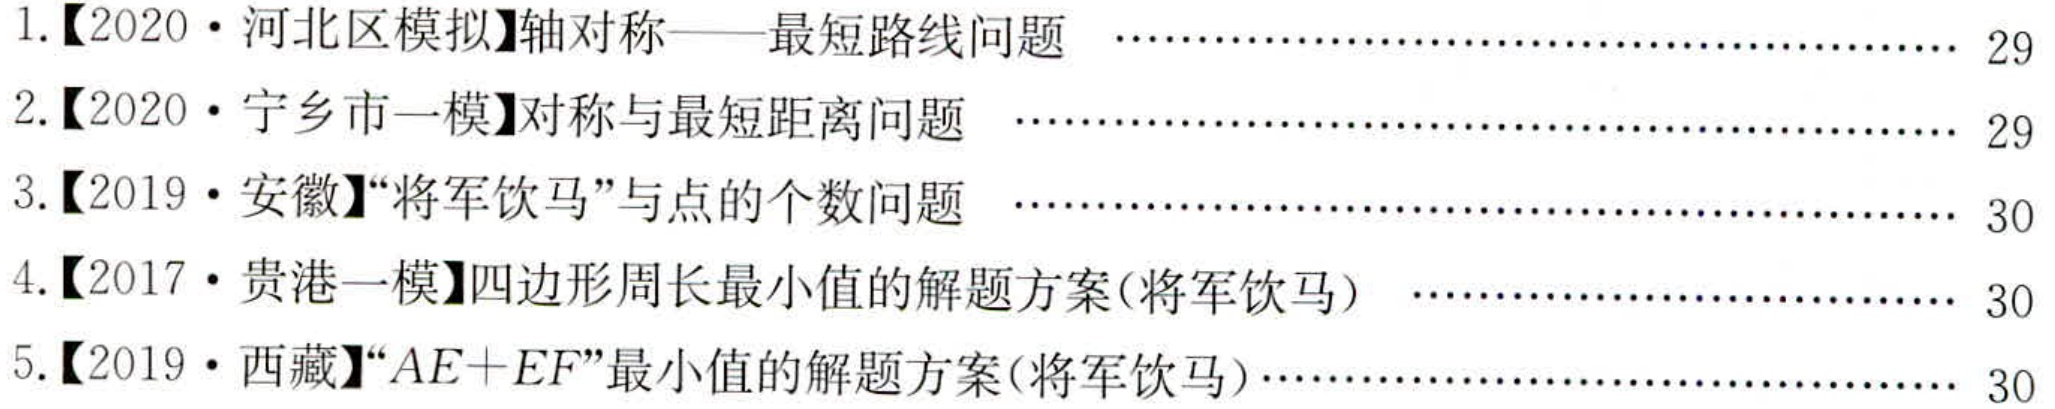
1.【2020·河北区模拟】轴对称——最短路线问题 \(\cdots\cdots\cdots\cdots\cdots\cdots\cdots\cdots\cdots\cdots\cdots\cdots\cdots\cdots\cdots\cdots\cdots\cdots\cdots\cdots\cdots\cdots\cdots\cdots\cdots\cdots\cdots\cdots\cdots\cdots\cdots\cdots\cdots\cdots\cdots\cdots\cdots\cdots\cdots\cdots\cdots\cdots\cdots\cdots\cdots\cdots\cdots\cdots\cdots\cdots\cdots\cdots\cdots\cdots\cdots\cdots\cdots\cdots\cdots\cdots\cdots\cdots\cdots\cdots\cdots\cdots\cdots\cdots\cdots\cdots\cdots\cdots\cdots\cdots\cdots\cdots\cdots\cdots\cdots\cdots\cdots\cdots\cdots\cdots\cdots\cdots\cdots\cdots\cdots\cdots\cdots\cdots\cdots\cdots\cdots\cdots\cdots\cdots\cdots\cdots\cdots\cdots\cdots\cdots\cdots\cdots\cdots\cdots\cdots\cdots\cdots\cdots\cdots\cdots\cdots\cdots\cdots\cdots\cdots\cdots\cdots\cdots\cdots\cdots\cdots\cdots\cdots\cdots\cdots\cdots\cdots\cdots\cdots\cdots\cdots\cdots\cdots\cdots\cdots\cdots\cdots\cdots\cdots\cdots\cdots\cdots\cdots\cdots\cdots\cdots\cdots\cdots\cdots\cdots\cdots\cdots\cdots\cdots\cdots\cdots\cdots\cdots\cdots\cdots\cdots\cdots\cdots\cdots\cdots\cdots\cdots\cdots\cdots\cdots\cdots\cdots\cdots\cdots\cdots\cdots\cdots\cdots\cdots\cdots\cdots\cdots\cdots\cdots\cdots\cdots\cdots\cdots\cdots\cdots\cdots\cdots\cdots\cdots\cdots\cdots\cdots\cdots\cdots\cdots\cdots\cdots\cdots\cdots\cdots\cdots\cdots\cdots\cdots\cdots\cdots\cdots\cdots\cdots\cdots\cdots\cdots\cdots\cdots\cdots\cdots\cdots\cdots\cdots\cdots\cdots\cdots\cdots\cdots\cdots\cdots\cdots\cdots\cdots\cdots\cdots\cdots\cdots\cdots\cdots\cdots\cdots\cdots\cdots\cdots\cdots\cdots\cdots\cdots\cdots\cdots\cdots\cdots\cdots\cdots\cdots\cdots\cdots\cdots\cdots\cdots\cdots\cdots\cdots\cdots\cdots\cdots\cdots\cdots\cdots\cdots\cdots\cdots\cdots\cdots\cdots\cdots\cdots\cdots\cdots\cdots\cdots\cdots\cdots\cdots\cdots\cdots\cdots\cdots\cdots\cdots\cdots\cdots\cdots\cdots\cdots\cdots\cdots\cdots\cdots\cdots\cdots\cdots\cdots\cdots\cdots\cdots\cdots\cdots\cdots\cdots\cdots\cdots\cdots\cdots\cdots\cdots\cdots\cdots\cdots\cdots\cdots\cdots\cdots\cdots\cdots\cdots\cdots\cdots\cdots\cdots\cdots\cdots\cdots\cdots\cdots\cdots\cdots\cdots\cdots\cdots\cdots\cdots\cdots\cdots\cdots\cdots\cdots\cdots\cdots\cdots\cdots\cdots\cdots\cdots\cdots\cdots\cdots\cdots\cdots\cdots\cdots\cdots\cdots\cdots\cdots\cdots\cdots\cdots\cdots\cdots\cdots\cdots\cdots\cdots\cdots\cdots\cdots\cdots\cdots\cdots\cdots\cdots\cdots\cdots\cdots\cdots\cdots\cdots\cdots\cdots\cdots\cdots\cdots\cdots\cdots\cdots\cdots\cdots\cdots\cdots\cdots\cdots\cdots\cdots\cdots\cdots\cdots\cdots\cdots\cdots\cdots\cdots\cdots\cdots\cdots\cdots\cdots\cdots\cdots\cdots\cdots\cdots\cdots\cdots\cdots\cdots\cdots\cdots\cdots\cdots\cdots\cdots\cdots\cdots\cdots\cdots\cdots\cdots\cdots\cdots\cdots\cdots\cdots\cdots\cdots\cdots\cdots\cdots\cdots\cdots\cdots\cdots\cdots\cdots\cdots\cdots\cdots\cdots\cdots\cdots\cdots\cdots\cdots\cdots\cdots\cdots\cdots\cdots\cdots\cdots\cdots\cdots\cdots\cdots\cdots\cdots\cdots\cdots\cdots\cdots\cdots\cdots\cdots\cdots\cdots\cdots\cdots\cdots\cdots\cdots\cdots\cdots\cdots\cdots\cdots\cdots\cdots\cdots\cdots\cdots\cdots\cdots\cdots\cdots\cdots\cdots\cdots\cdots\cdots\cdots\cdots\cdots\cdots\cdots\cdots\cdots\cdots\cdots\cdots\cdots\cdots\cdots\cdots\cdots\cdots\cdots\cdots\cdots\cdots\cdots\cdots\cdots\cdots\cdots\cdots\cdots\cdots\cdots\cdots\cdots\cdots\cdots\cdots\cdots\cdots\cdots\cdots\cdots\cdots\cdots\cdots\cdots\cdots\cdots\cdots\cdots\cdots\cdots\cdots\cdots\cdots\cdots\cdots\cdots\cdots\cdots\cdots\cdots\cdots\cdots\cdots\cdots\cdots\cdots\cdots\cdots\cdots\cdots\cdots\cdots\cdots\cdots\cdots\cdots\cdots\cdots\cdots\cdots\cdots\cdots\cdots\cdots\cdots\cdots\cdots\cdots\cdots\cdots\cdots\cdots\cdots\cdots\cdots\cdots\cdots\cdots\cdots\cdots\cdots\cdots\cdots\cdots\cdots\cdots\cdots\cdots\cdots\cdots\cdots\cdots\cdots\cdots\cdots\cdots\cdots\cdots\cdots\cdots\cdots\cdots\cdots\cdots\cdots\cdots\cdots\cdots\cdots\cdots\cdots\cdots\cdots\cdots\cdots\cdots\cdots\cdots\cdots\cdots\cdots\cdots\cdots\cdots\cdots\cdots\cdots\cdots\cdots\cdots\cdots\cdots\cdots\cdots\cdots\cdots\cdots\cdots\cdots\cdots\cdots\cdots\cdots\cdots\cdots\cdots\cdots\cdots\cdots\cdots\cdots\cdots\cdots\cdots\cdots\cdots\cdots\cdots\cdots\cdots\cdots\cdots\cdots\cdots\cdots\cdots\cdots\cdots\cdots\cdots\cdots\cdots\cdots\cdots\cdots\cdots\cdots\cdots\cdots\cdots\cdots\cdots\cdots\cdots\cdots\cdots\cdots\cdots\cdots\cdots\cdots\cdots\cdots\cdots\cdots\cdots\cdots\cdots\cdots\cdots\cdots\cdots\cdots\cdots\cdots\cdots\cdots\cdots\cdots\cdots\cdots\cdots\cdots\cdots\cdots\cdots\cdots\cdots\cdots\cdots\cdots\cdots\cdots\cdots\cdots\cdots\cdots\cdots\cdots\cdots\cdots\cdots\cdots\cdots\cdots\cdots\cdots\cdots\cdots\cdots\cdots\cdots\cdots\cdots\cdots\cdots\cdots\cdots\cdots\cdots\cdots\cdots\cdots\cdots\cdots\cdots\cdots\cdots\cdots\cdots\cdots\cdots\cdots\cdots\cdots\cdots\cdots\cdots\cdots\cdots\cdots\cdots\cdots\cdots\cdots\cdots\cdots\cdots\cdots\cdots\cdots\cdots\cdots\cdots\cdots\cdots\cdots\cdots\cdots\cdots\cdots\cdots\cdots\cdots\cdots\cdots\cdots\cdots\cdots\cdots\cdots\cdots\cdots\cdots\cdots\cdots\cdots\cdots\cdots\cdots\cdots\cdots\cdots\cdots\cdots\cdots\cdots\cdots\cdots\cdots\cdots\cdots\cdots\cdots\cdots\cdots\cdots\cdots\cdots\cdots\cdots\cdots\cdots\cdots\cdots\cdots\cdots\cdots\cdots\cdots\cdots\cdots\cdots\cdots\cdots\cdots\cdots\cdots\cdots\cdots\cdots\cdots\cdots\cdots\cdots\cdots\cdots\cdots\cdots\cdots\cdots\cdots\cdots\cdots\cdots\cdots\cdots\cdots\cdots\cdots\cdots\cdots\cdots\cdots\cdots\cdots\cdots\cdots\cdots\cdots\cdots\cdots\cdots\cdots\cdots\cdots\cdots\cdots\cdots\cdots\cdots\cdots\cdots\cdots\cdots\cdots\cdots\cdots\cdots\cdots\cdots\cdots\cdots\cdots\cdots\cdots\cdots\cdots\cdots\cdots\cdots\cdots\cdots\cdots\cdots\cdots\cdots\cdots\cdots\cdots\cdots\cdots\cdots\cdots\cdots\cdots\cdots\cdots\cdots\cdots\cdots\cdots\cdots\cdots\cdots\cdots\cdots\cdots\cdots\cdots\cdots\cdots\cdots\cdots\cdots\cdots\cdots\cdots\cdots\cdots\cdots\cdots\cdots\cdots\cdots\cdots\cdots\cdots\cdots\cdots\cdots\cdots\cdots\cdots\cdots\cdots\cdots\cdots\cdots\cdots\cdots\cdots\cdots\cdots\cdots\cdots\cdots\cdots\cdots\cdots\cdots\cdots\cdots\cdots\cdots\cdots\cdots\cdots\cdots\cdots\cdots\cdots\cdots\cdots\cdots\cdots\cdots\cdots\cdots\cdots\cdots\cdots\cdots\cdots\cdots\cdots\cdots\cdots\cdots\cdots\cdots\cdots\cdots\cdots\cdots\cdots\cdots\cdots\cdots\cdots\cdots\cdots\cdots\cdots\cdots\cdots\cdots\cdots\cdots\cdots\cdots\cdots\cdots\cdots\cdots\cdots\cdots\cdots\cdots\cdots\cdots\cdots\cdots\cdots\cdots\cdots\cdots\cdots\cdots\cdots\cdots\cdots\cdots\cdots\cdots\cdots\cdots\cdots\cdots\cdots\cdots\cdots\cdots\cdots\cdots\cdots\cdots\cdots\cdots\cdots\cdots\cdots\cdots\cdots\cdots\cdots\cdots\cdots\cdots\cdots\cdots\cdots\cdots\cdots\cdots\cdots\cdots\cdots\cdots\cdots\cdots\cdots\cdots\cdots\cdots\cdots\cdots\cdots\cdots\cdots\cdots\cdots\cdots\cdots\cdots\cdots\cdots\cdots\cdots\cdots\cdots\cdots\cdots\cdots\cdots\cdots\cdots\cdots\cdots\cdots\cdots\cdots\cdots\cdots\cdots\cdots\cdots\cdots\cdots\cdots\cdots\cdots\cdots\cdots\cdots\cdots\cdots\cdots\cdots\cdots\cdots\cdots\cdots\cdots\cdots\cdots\cdots\cdots\cdots\cdots\cdots\cdots\cdots\cdots\cdots\cdots\cdots\cdots\cdots\cdots\cdots\cdots\cdots\cdots\cdots\cdots\cdots\cdots\cdots\cdots\cdots\cdots\cdots\cdots\cdots\cdots\cdots\cdots\cdots\cdots\cdots\cdots\cdots\cdots\cdots\cdots\cdots\cdots\cdots\cdots\cdots\cdots\cdots\cdots\cdots\cdots\cdots\cdots\cdots\cdots\cdots\cdots\cdots\cdots\cdots\cdots\cdots\cdots\cdots\cdots\cdots\cdots\cdots\cdots\cdots\cdots\cdots\cdots\cdots\cdots\cdots\cdots\cdots\cdots\cdots\cdots\cdots\cdots\cdots\cdots\cdots\cdots\cdots\cdots\cdots\cdots\cdots\cdots\cdots\cdots\cdots\cdots\cdots\cdots\cdots\cdots\cdots\cdots\cdots\cdots\cdots\cdots\cdots\cdots\cdots\cdots\cdots\cdots\cdots\cdots\cdots\cdots\cdots\cdots\cdots\cdots\cdots\cdots\cdots\cdots\cdots\cdots\cdots\cdots\cdots\cdots\cdots\cdots\cdots\cdots\cdots\cdots\cdots\cdots\cdots\cdots\cdots\cdots\cdots\cdots\cdots\cdots\cdots\cdots\cdots\cdots\cdots\cdots\cdots\cdots\cdots\cdots\cdots\cdots\cdots\cdots\cdots\cdots\cdots\cdots\cdots\cdots\cdots\cdots\cdots\cdots\cdots\cdots\cdots\cdots\cdots\cdots\cdots\cdots\cdots\cdots\cdots\cdots\cdots\cdots\cdots\cdots\cdots\cdots\cdots\cdots\cdots\cdots\cdots\cdots\cdots\cdots\cdots\cdots\cdots\cdots\cdots\cdots\cdots\cdots\cdots\cdots\cdots\cdots\cdots\cdots\cdots\cdots\cdots\cdots\cdots\cdots\cdots\cdots\cdots\cdots\cdots\cdots\cdots\cdots\cdots\cdots\cdots\cdots\cdots\cdots\cdots\cdots\cdots\cdots\cdots\cdots\cdots\cdots\cdots\cdots\cdots\cdots\cdots\cdots\cdots\cdots\cdots\cdots\cdots\cdots\cdots\cdots\cdots\cdots\cdots\cdots\cdots\cdots\cdots\cdots\cdots\cdots\cdots\cdots\cdots\cdots\cdots\cdots\cdots\cdots\cdots\cdots\cdots\cdots\cdots\cdots\cdots\cdots\cdots\cdots\cdots\cdots\cdots\cdots\cdots\cdots\cdots\cdots\cdots\cdots\cdots\cdots\cdots\cdots\cdots\cdots\cdots\cdots\cdots\cdots\cdots\cdots\cdots\cdots\cdots\cdots\cdots\cdots\cdots\cdots\cdots\cdots\cdots\cdots\cdots\cdots\cdots\cdots\cdots\cdots\cdots\cdots\cdots\cdots\cdots\cdots\cdots\cdots\cdots\cdots\cdots\cdots\cdots\cdots\cdots\cdots\cdots\cdots\cdots\cdots\cdots\cdots\cdots\cdots\cdots\cdots\cdots\cdots\cdots\cdots\cdots\cdots\cdots\cdots\cdots\cdots\cdots\cdots\cdots\cdots\cdots\cdots\cdots\cdots\cdots\cdots\cdots\cdots\cdots\cdots\cdots\cdots\cdots\cdots\cdots\cdots\cdots\cdots\cdots\cdots\cdots\cdots\cdots\cdots\cdots\cdots\cdots\cdots\cdots\cdots\cdots\cdots\cdots\cdots\cdots\cdots\cdots\cdots\cdots\cdots\cdots\cdots\cdots\cdots\cdots\cdots\cdots\cdots\cdots\cdots\cdots\cdots\cdots\cdots\cdots\cdots\cdots\cdots\cdots\cdots\cdots\cdots\cdots\cdots\cdots\cdots\cdots\cdots\cdots\cdots\cdots\cdots\cdots\cdots\cdots\cdots\cdots\cdots\cdots\cdots\cdots\cdots\cdots\cdots\cdots\cdots\cdots\cdots\cdots\cdots\cdots\cdots\cdots\cdots\cdots\cdots\cdots\cdots\cdots\cdots\cdots\cdots\cdots\cdots\cdots\cdots\cdots\cdots\cdots\cdots\cdots\cdots\cdots\cdots\cdots\cdots\cdots\cdots\cdots\cdots\cdots\cdots\cdots\cdots\cdots\cdots\cdots\cdots\cdots\cdots\cdots\cdots\cdots\cdots\cdots\cdots\cdots\cdots\cdots\cdots\cdots\cdots\cdots\cdots\cdots\cdots\cdots\cdots\cdots\cdots\cdots\cdots\cdots\cdots\cdots\cdots\cdots\cdots\cdots\cdots\cdots\cdots\cdots\cdots\cdots\cdots\cdots\cdots\cdots\cdots\cdots\cdots\cdots\cdots\cdots\cdots\cdots\cdots\cdots\cdots\cdots\cdots\cdots\cdots\cdots\cdots\cdots\cdots\cdots\cdots\cdots\cdots\cdots\cdots\cdots\cdots\cdots\cdots\cdots\cdots\cdots\cdots\cdots\cdots\cdots\cdots\cdots\cdots\cdots\cdots\cdots\cdots\cdots\cdots\cdots\cdots\cdots\cdots\cdots\cdots\cdots\cdots\cdots\cdots\cdots\cdots\cdots\cdots\cdots\cdots\cdots\cdots\cdots\cdots\cdots\cdots\cdots\cdots\cdots\cdots\cdots\cdots\cdots\cdots\cdots\cdots\cdots\cdots\cdots\cdots\cdots\cdots\cdots\cdots\cdots\cdots\cdots\cdots\cdots\cdots\cdots\cdots\cdots\cdots\cdots\cdots\cdots\cdots\cdots\cdots\cdots\cdots\cdots\cdots\cdots\cdots\cdots\cdots\cdots\cdots\cdots\cdots\cdots\cdots\cdots\cdots\cdots\cdots\cdots\cdots\cdots\cdots\cdots\cdots\cdots\cdots\cdots\cdots\cdots\cdots\cdots\cdots\cdots\cdots\cdots\cdots\cdots\cdots\cdots\cdots\cdots\cdots\cdots\cdots\cdots\cdots\cdots\cdots\cdots\cdots\cdots\cdots\cdots\cdots\cdots\cdots\cdots\cdots\cdots\cdots\cdots\cdots\cdots\cdots\cdots\cdots\cdots\cdots\cdots\cdots\cdots\cdots\cdots\cdots\cdots\cdots\cdots\cdots\cdots\cdots\cdots\cdots\cdots\cdots\cdots\cdots\cdots\cdots\cdots\cdots\cdots\cdots\cdots\cdots\cdots\cdots\cdots\cdots\cdots\cdots\cdots\cdots\cdots\cdots\cdots\cdots\cdots\cdots\cdots\cdots\cdots\cdots\cdots\cdots\cdots\cdots\cdots\cdots\cdots\cdots\cdots\cdots\cdots\cdots\cdots\cdots\cdots\cdots\cdots\cdots\cdots\cdots\cdots\cdots\cdots\cdots\cdots\cdots\cdots\cdots\cdots\cdots\cdots\cdots\cdots\cdots\cdots\cdots\cdots\cdots\cdots\cdots\cdots\cdots\cdots\cdots\cdots\cdots\cdots\cdots\cdots\cdots\cdots\cdots\cdots\cdots\cdots\cdots\cdots\cdots\cdots\cdots\cdots\cdots\cdots\cdots\cdots\cdots\cdots\cdots\cdots\cdots\cdots\cdots\cdots\cdots\cdots\cdots\cdots\cdots\cdots\cdots\cdots\cdots\cdots\cdots\cdots\cdots\cdots\cdots\cdots\cdots\cdots\cdots\cdots\cdots\cdots\cdots\cdots\cdots\cdots\cdots\cdots\cdots\cdots\cdots\cdots\cdots\cdots\cdots\cdots\cdots\cdots\cdots\cdots\cdots\cdots\cdots\cdots\cdots